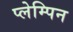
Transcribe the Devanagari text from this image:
प्लेम्पिन